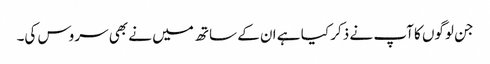
جن لوگوں کا آپ نے ذکر کیا ہے ان کے ساتھ میں نے بھی سروس کی۔